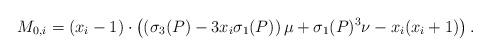
LaTeX: \begin{align*}M_{0,i}=(x_i-1)\cdot \left(\left(\sigma_3(P)-3x_i\sigma_1(P) \right)\mu+\sigma_1(P)^3\nu-x_i(x_i+1)\right).\end{align*}